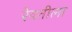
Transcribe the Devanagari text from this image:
रेवतीला